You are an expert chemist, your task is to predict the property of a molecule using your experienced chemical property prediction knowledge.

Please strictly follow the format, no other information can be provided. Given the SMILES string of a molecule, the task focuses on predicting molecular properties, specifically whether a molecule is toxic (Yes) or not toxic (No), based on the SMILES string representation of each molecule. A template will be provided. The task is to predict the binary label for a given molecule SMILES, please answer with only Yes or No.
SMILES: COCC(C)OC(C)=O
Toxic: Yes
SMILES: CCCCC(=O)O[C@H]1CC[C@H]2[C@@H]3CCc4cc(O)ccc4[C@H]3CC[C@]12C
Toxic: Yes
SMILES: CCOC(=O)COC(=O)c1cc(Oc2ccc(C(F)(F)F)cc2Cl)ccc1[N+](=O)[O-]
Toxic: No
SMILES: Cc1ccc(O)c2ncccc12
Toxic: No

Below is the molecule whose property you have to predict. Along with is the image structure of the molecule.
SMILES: Cc1cc(C(=C2C=CC(=Nc3ccc(S(=O)(=O)[O-])cc3S(=O)(=O)O)C=C2)c2ccc(Nc3ccc(S(=O)(=O)[O-])cc3)cc2)ccc1N
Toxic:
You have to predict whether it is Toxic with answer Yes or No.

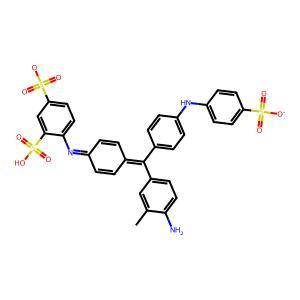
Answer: No